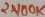
Text: 2100K